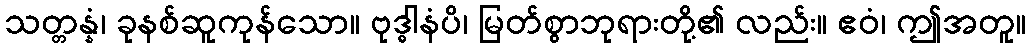
သတ္တန္နံ၊ ခုနစ်ဆူကုန်သော။ ဗုဒ္ဓါနံပိ၊ မြတ်စွာဘုရားတို့၏ လည်း။ ဧဝံ၊ ဤအတူ။